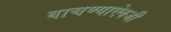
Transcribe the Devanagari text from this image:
वाचण्याऐवजी